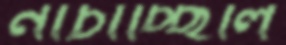
নাচাচ্ছিলি